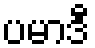
ပမာဒီ